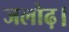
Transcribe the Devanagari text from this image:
जलोढ़।